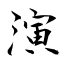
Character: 演